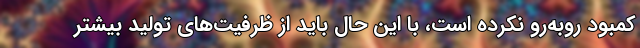
کمبود روبه‌رو نکرده است، با این حال باید از ظرفیت‌های تولید بیشتر